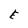
Character: E